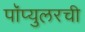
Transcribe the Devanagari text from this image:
पॉप्युलरची